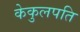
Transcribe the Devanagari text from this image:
केकुलपति